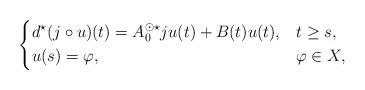
LaTeX: \begin{align*} \begin{dcases} d^\star (j\circ u)(t) = A_0^{\odot \star}ju(t) + B(t)u(t), &t \geq s, \\ u(s) = \varphi, & \varphi \in X,\end{dcases}\end{align*}